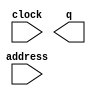
// This program was cloned from: https://github.com/cxdzyq1110/NPU_on_FPGA
// License: BSD 2-Clause "Simplified" License

// megafunction wizard: %ROM: 1-PORT%VBB%
// GENERATION: STANDARD
// VERSION: WM1.0
// MODULE: altsyncram 

// ============================================================
// Megafunction Name(s):
// 			altsyncram
//
// Simulation Library Files(s):
// 			altera_mf
// ============================================================
// ************************************************************
// THIS IS A WIZARD-GENERATED FILE. DO NOT EDIT THIS FILE!
//
// 16.1.0 Build 196 10/24/2016 SJ Standard Edition
// ************************************************************

//Copyright (C) 2016  Intel Corporation. All rights reserved.
//Your use of Intel Corporation's design tools, logic functions 
//and other software and tools, and its AMPP partner logic 
//functions, and any output files from any of the foregoing 
//(including device programming or simulation files), and any 
//associated documentation or information are expressly subject 
//to the terms and conditions of the Intel Program License 
//Subscription Agreement, the Intel Quartus Prime License Agreement,
//the Intel MegaCore Function License Agreement, or other 
//applicable license agreement, including, without limitation, 
//that your use is for the sole purpose of programming logic 
//devices manufactured by Intel and sold by Intel or its 
//authorized distributors.  Please refer to the applicable 
//agreement for further details.

module cordic_int_part_exp_rom_ip (
	address,
	clock,
	q);

	input	[7:0]  address;
	input	  clock;
	output	[31:0]  q;
`ifndef ALTERA_RESERVED_QIS
// synopsys translate_off
`endif
	tri1	  clock;
`ifndef ALTERA_RESERVED_QIS
// synopsys translate_on
`endif

endmodule

// ============================================================
// CNX file retrieval info
// ============================================================
// Retrieval info: PRIVATE: ADDRESSSTALL_A NUMERIC "0"
// Retrieval info: PRIVATE: AclrAddr NUMERIC "0"
// Retrieval info: PRIVATE: AclrByte NUMERIC "0"
// Retrieval info: PRIVATE: AclrOutput NUMERIC "0"
// Retrieval info: PRIVATE: BYTE_ENABLE NUMERIC "0"
// Retrieval info: PRIVATE: BYTE_SIZE NUMERIC "8"
// Retrieval info: PRIVATE: BlankMemory NUMERIC "0"
// Retrieval info: PRIVATE: CLOCK_ENABLE_INPUT_A NUMERIC "0"
// Retrieval info: PRIVATE: CLOCK_ENABLE_OUTPUT_A NUMERIC "0"
// Retrieval info: PRIVATE: Clken NUMERIC "0"
// Retrieval info: PRIVATE: IMPLEMENT_IN_LES NUMERIC "0"
// Retrieval info: PRIVATE: INIT_FILE_LAYOUT STRING "PORT_A"
// Retrieval info: PRIVATE: INIT_TO_SIM_X NUMERIC "0"
// Retrieval info: PRIVATE: INTENDED_DEVICE_FAMILY STRING "Cyclone IV E"
// Retrieval info: PRIVATE: JTAG_ENABLED NUMERIC "1"
// Retrieval info: PRIVATE: JTAG_ID STRING "expi"
// Retrieval info: PRIVATE: MAXIMUM_DEPTH NUMERIC "0"
// Retrieval info: PRIVATE: MIFfilename STRING "../04_scripts/exp_cordic_int_part.mif"
// Retrieval info: PRIVATE: NUMWORDS_A NUMERIC "256"
// Retrieval info: PRIVATE: RAM_BLOCK_TYPE NUMERIC "0"
// Retrieval info: PRIVATE: RegAddr NUMERIC "1"
// Retrieval info: PRIVATE: RegOutput NUMERIC "1"
// Retrieval info: PRIVATE: SYNTH_WRAPPER_GEN_POSTFIX STRING "0"
// Retrieval info: PRIVATE: SingleClock NUMERIC "1"
// Retrieval info: PRIVATE: UseDQRAM NUMERIC "0"
// Retrieval info: PRIVATE: WidthAddr NUMERIC "8"
// Retrieval info: PRIVATE: WidthData NUMERIC "32"
// Retrieval info: PRIVATE: rden NUMERIC "0"
// Retrieval info: LIBRARY: altera_mf altera_mf.altera_mf_components.all
// Retrieval info: CONSTANT: ADDRESS_ACLR_A STRING "NONE"
// Retrieval info: CONSTANT: CLOCK_ENABLE_INPUT_A STRING "BYPASS"
// Retrieval info: CONSTANT: CLOCK_ENABLE_OUTPUT_A STRING "BYPASS"
// Retrieval info: CONSTANT: INIT_FILE STRING "../04_scripts/exp_cordic_int_part.mif"
// Retrieval info: CONSTANT: INTENDED_DEVICE_FAMILY STRING "Cyclone IV E"
// Retrieval info: CONSTANT: LPM_HINT STRING "ENABLE_RUNTIME_MOD=YES,INSTANCE_NAME=expi"
// Retrieval info: CONSTANT: LPM_TYPE STRING "altsyncram"
// Retrieval info: CONSTANT: NUMWORDS_A NUMERIC "256"
// Retrieval info: CONSTANT: OPERATION_MODE STRING "ROM"
// Retrieval info: CONSTANT: OUTDATA_ACLR_A STRING "NONE"
// Retrieval info: CONSTANT: OUTDATA_REG_A STRING "CLOCK0"
// Retrieval info: CONSTANT: WIDTHAD_A NUMERIC "8"
// Retrieval info: CONSTANT: WIDTH_A NUMERIC "32"
// Retrieval info: CONSTANT: WIDTH_BYTEENA_A NUMERIC "1"
// Retrieval info: USED_PORT: address 0 0 8 0 INPUT NODEFVAL "address[7..0]"
// Retrieval info: USED_PORT: clock 0 0 0 0 INPUT VCC "clock"
// Retrieval info: USED_PORT: q 0 0 32 0 OUTPUT NODEFVAL "q[31..0]"
// Retrieval info: CONNECT: @address_a 0 0 8 0 address 0 0 8 0
// Retrieval info: CONNECT: @clock0 0 0 0 0 clock 0 0 0 0
// Retrieval info: CONNECT: q 0 0 32 0 @q_a 0 0 32 0
// Retrieval info: GEN_FILE: TYPE_NORMAL cordic_int_part_exp_rom_ip.v TRUE
// Retrieval info: GEN_FILE: TYPE_NORMAL cordic_int_part_exp_rom_ip.inc FALSE
// Retrieval info: GEN_FILE: TYPE_NORMAL cordic_int_part_exp_rom_ip.cmp FALSE
// Retrieval info: GEN_FILE: TYPE_NORMAL cordic_int_part_exp_rom_ip.bsf FALSE
// Retrieval info: GEN_FILE: TYPE_NORMAL cordic_int_part_exp_rom_ip_inst.v FALSE
// Retrieval info: GEN_FILE: TYPE_NORMAL cordic_int_part_exp_rom_ip_bb.v TRUE
// Retrieval info: LIB_FILE: altera_mf